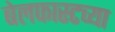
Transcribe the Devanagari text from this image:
बेलफास्टच्या